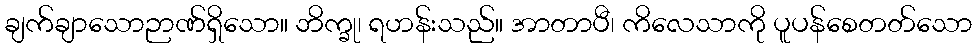
ချက်ချာသောဉာဏ်ရှိသော။ ဘိက္ခု၊ ရဟန်းသည်။ အာတာပီ၊ ကိလေသာကို ပူပန်စေတတ်သော